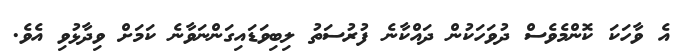
އެ ވާހަކަ ކޮންމެވެސް ދުވަހަކުން ދައްކާނެ ފުރުސަތު ލިބިވަޑައިގަންނަވާނެ ކަމަށް ވިދާޅުވި އެވެ.